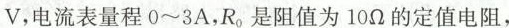
V，电流表量程0~3A，R_{0}是阻值为10Ω的定值电阻，